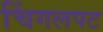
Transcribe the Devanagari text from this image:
चिंगलपट